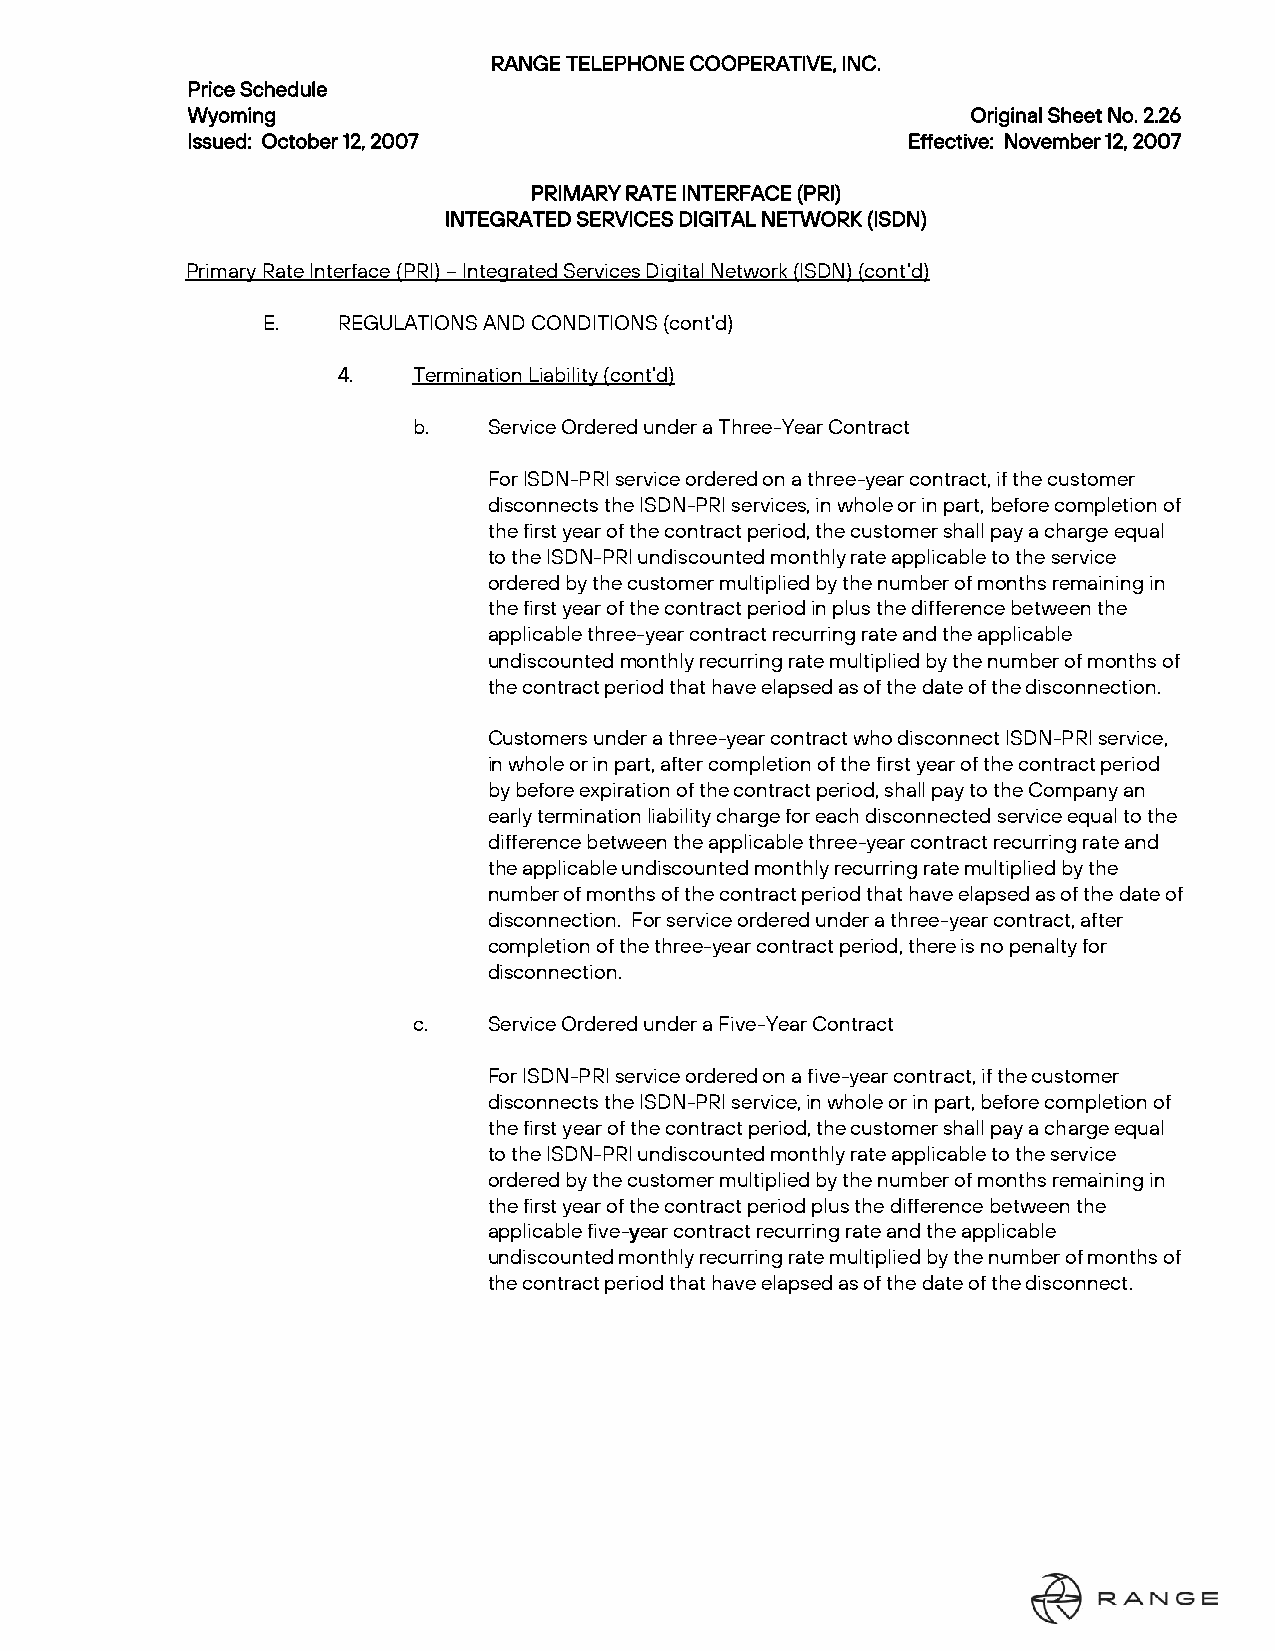
RANGE TELEPHONE COOPERATIVE, INC.
 Price Schedule
 Wyoming                                             Original Sheet No. 2.26
 Issued: October 12, 2007                        Effective: November 12, 2007
 PRIMARY RATE INTERFACE (PRI)
 INTEGRATED SERVICES DIGITAL NETWORK (ISDN)
 Primary Rate Interface (PRI) – Integrated Services Digital Network (ISDN) (cont’d)
 E.   REGULATIONS AND CONDITIONS (cont’d)
 4.   Termination Liability (cont’d)
 b.   Service Ordered under a Three-Year Contract
 For ISDN-PRI service ordered on a three-year contract, if the customer
 disconnects the ISDN-PRI services, in whole or in part, before completion of
 the first year of the contract period, the customer shall pay a charge equal
 to the ISDN-PRI undiscounted monthly rate applicable to the service
 ordered by the customer multiplied by the number of months remaining in
 the first year of the contract period in plus the difference between the
 applicable three-year contract recurring rate and the applicable
 undiscounted monthly recurring rate multiplied by the number of months of
 the contract period that have elapsed as of the date of the disconnection.
 Customers under a three-year contract who disconnect ISDN-PRI service,
 in whole or in part, after completion of the first year of the contract period
 by before expiration of the contract period, shall pay to the Company an
 early termination liability charge for each disconnected service equal to the
 difference between the applicable three-year contract recurring rate and
 the applicable undiscounted monthly recurring rate multiplied by the
 number of months of the contract period that have elapsed as of the date of
 disconnection. For service ordered under a three-year contract, after
 completion of the three-year contract period, there is no penalty for
 disconnection.
 c.   Service Ordered under a Five-Year Contract
 For ISDN-PRI service ordered on a five-year contract, if the customer
 disconnects the ISDN-PRI service, in whole or in part, before completion of
 the first year of the contract period, the customer shall pay a charge equal
 to the ISDN-PRI undiscounted monthly rate applicable to the service
 ordered by the customer multiplied by the number of months remaining in
 the first year of the contract period plus the difference between the
 applicable five-year contract recurring rate and the applicable
 undiscounted monthly recurring rate multiplied by the number of months of
 the contract period that have elapsed as of the date of the disconnect.